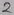
Text: 2